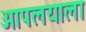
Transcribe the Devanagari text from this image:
आपलयाला